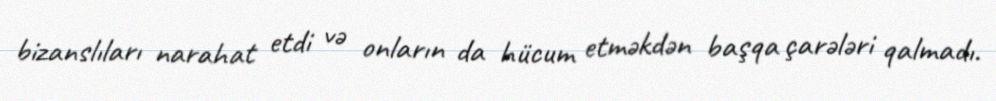
bizanslıları narahat etdi və onların da hücum etməkdən başqa çarələri qalmadı.